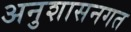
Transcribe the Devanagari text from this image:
अनुशासनगत